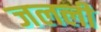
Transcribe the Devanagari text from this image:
जलली